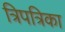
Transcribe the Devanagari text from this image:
त्रिपत्रिका